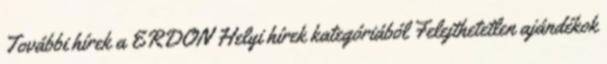
További hírek a ERDON Helyi hírek kategóriából Felejthetetlen ajándékok